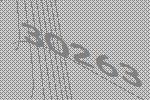
30263